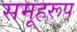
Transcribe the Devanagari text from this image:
समूहरूप